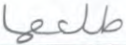
طلعها